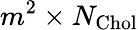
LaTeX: m^{2}\times N_{\mathrm{Chol}}